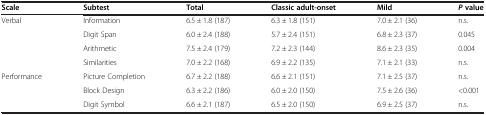
<table><thead><tr><td><b>Scale</b></td><td><b>Subtest</b></td><td><b>Total</b></td><td><b>Classic adult-onset</b></td><td><b>Mild</b></td><td><b><i>P</i>value</b></td></tr></thead><tbody><tr><td>Verbal</td><td>Information</td><td>6.5 ± 1.8 (187)</td><td>6.3 ± 1.8 (151)</td><td>7.0 ± 2.1 (36)</td><td>n.s.</td></tr><tr><td></td><td>Digit Span</td><td>6.0 ± 2.4 (188)</td><td>5.7 ± 2.4 (151)</td><td>6.8 ± 2.3 (37)</td><td>0.045</td></tr><tr><td></td><td>Arithmetic</td><td>7.5 ± 2.4 (179)</td><td>7.2 ± 2.3 (144)</td><td>8.6 ± 2.3 (35)</td><td>0.004</td></tr><tr><td></td><td>Similarities</td><td>7.0 ± 2.2 (168)</td><td>6.9 ± 2.2 (135)</td><td>7.1 ± 2.1 (33)</td><td>n.s.</td></tr><tr><td>Performance</td><td>Picture Completion</td><td>6.7 ± 2.2 (188)</td><td>6.6 ± 2.1 (151)</td><td>7.1 ± 2.5 (37)</td><td>n.s.</td></tr><tr><td></td><td>Block Design</td><td>6.3 ± 2.2 (186)</td><td>6.0 ± 2.0 (150)</td><td>7.5 ± 2.6 (36)</td><td>&lt;0.001</td></tr><tr><td></td><td>Digit Symbol</td><td>6.6 ± 2.1 (187)</td><td>6.5 ± 2.0 (150)</td><td>6.9 ± 2.5 (37)</td><td>n.s.</td></tr></tbody></table>